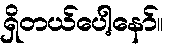
ရှိတယ်ပေါ့နော်။